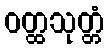
ဝတ္ထသုတ္တံ